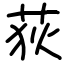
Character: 荻